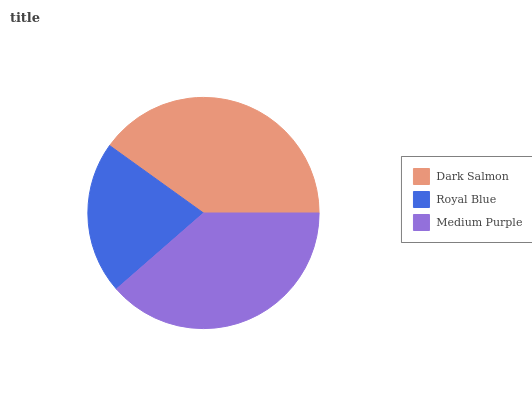
| Dark Salmon | Royal Blue | Medium Purple |
 | --- | --- | --- |
 | 40.1% | 21.3% | 38.5% |